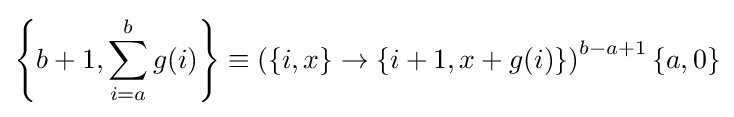
\left\{b+1,\sum _{i=a}^{b}g(i)\right\}\equiv \left(\{i,x\}\rightarrow \{i+1,x+g(i)\}\right)^{b-a+1}\{a,0\}